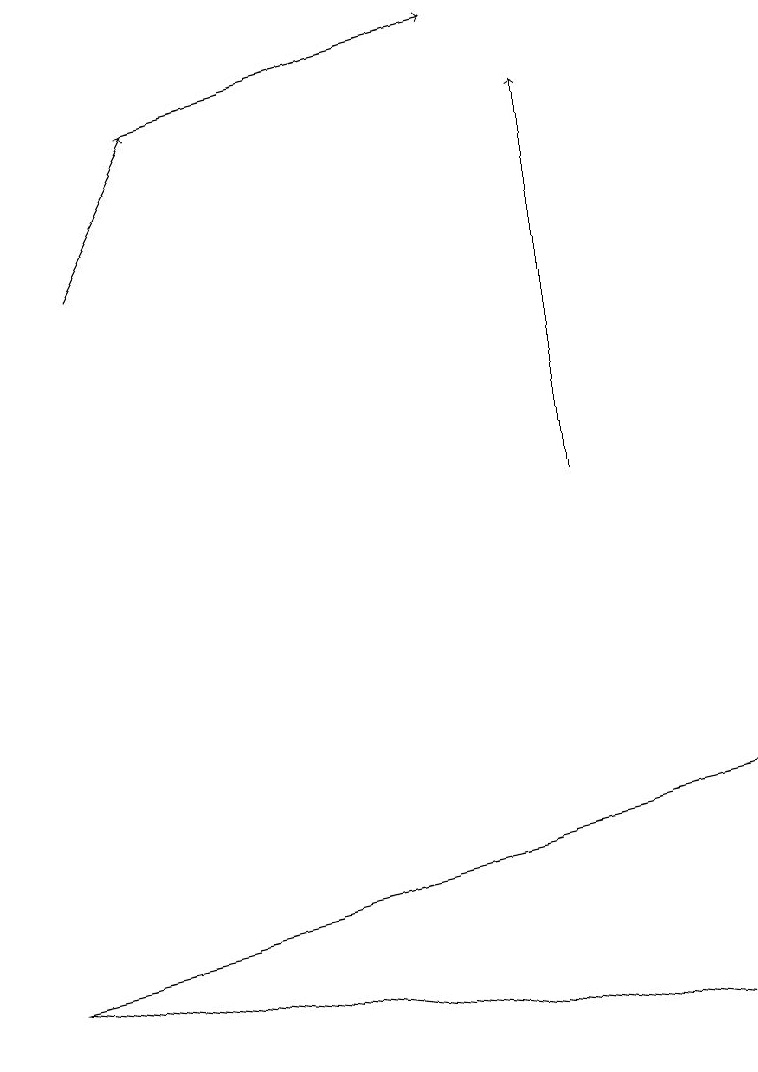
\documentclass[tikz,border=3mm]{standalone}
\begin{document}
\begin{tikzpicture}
\draw[->] (1,14) -- (2,16);
\draw[->] (7,11) -- (7,16);
\draw (9,4) -- (9,7) -- (0,5) -- cycle;
\draw[->] (2,16) -- (6,17);
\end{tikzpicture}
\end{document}